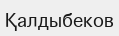
Қалдыбеков